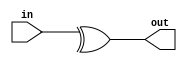
/*

HIGH on different

a   b   0
---------
0   0   0
0   1   1
1   0   1
1   1   0

*/

module xor_gate #(parameter N = 2)(
    input [N-1:0] in,
    output out
);
    
    assign out = ^in;

endmodule